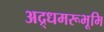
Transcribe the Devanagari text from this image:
अद्र्धमरूभूमि